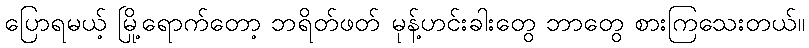
ပြောရမယ့် မြို့ရောက်တော့ ဘရိတ်ဖတ် မုန့်ဟင်းခါးတွေ ဘာတွေ စားကြသေးတယ်။